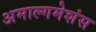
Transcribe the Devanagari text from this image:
अमाल्गमेशंस